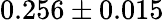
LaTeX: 0.256\pm 0.015